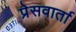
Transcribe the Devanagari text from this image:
प्रेसवार्ता